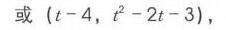
或 \((t - 4, t^{2}-2t - 3)\)